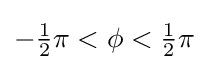
{\textstyle -{\tfrac {1}{2}}\pi <\phi <{\tfrac {1}{2}}\pi }